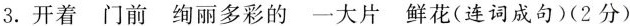
3.开着门前绚丽多彩的一大片鲜花(连词成句)(2分)